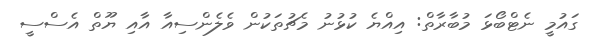
ގައުމީ ނެޓްބޯޅަ މުބާރާތް: އިއްޔެ ކުޅުނު މެޗުތަކުން ވެލެންސިއާ އާއި ޔޫތް އެސްސީ